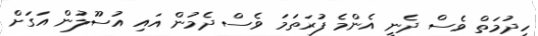
ހިދުމަތް ވެސް ދެނީ އެންމެ ފުރަތަމަ ވެސް ދެމުން އައި އުސޫލުން އަގަށް